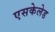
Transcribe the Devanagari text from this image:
एसकेलेड